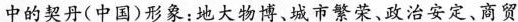
中的契丹(中国)形象：地大物博、城市繁荣、政治安定、商贸